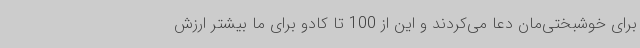
برای خوشبختی‌مان دعا می‌کردند و این از 100 تا کادو برای ما بیشتر ارزش